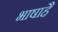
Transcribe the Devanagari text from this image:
भाषाहै